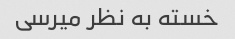
خسته به نظر میرسی